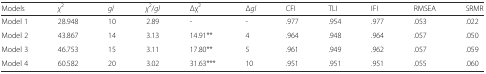
<table><thead><tr><td><b>Models</b></td><td><b><i>χ</i><sup>2</sup></b></td><td><b><i>gl</i></b></td><td><b><i>χ</i><sup>2</sup>/<i>gl</i></b></td><td><b>Δχ<sup>2</sup></b></td><td><b>Δ<i>gl</i></b></td><td><b>CFI</b></td><td><b>TLI</b></td><td><b>IFI</b></td><td><b>RMSEA</b></td><td><b>SRMR</b></td></tr></thead><tbody><tr><td>Model 1</td><td>28.948</td><td>10</td><td>2.89</td><td>-</td><td>-</td><td>.977</td><td>.954</td><td>.977</td><td>.053</td><td>.022</td></tr><tr><td>Model 2</td><td>43.867</td><td>14</td><td>3.13</td><td>14.91**</td><td>4</td><td>.964</td><td>.948</td><td>.964</td><td>.057</td><td>.050</td></tr><tr><td>Model 3</td><td>46.753</td><td>15</td><td>3.11</td><td>17.80**</td><td>5</td><td>.961</td><td>.949</td><td>.962</td><td>.057</td><td>.059</td></tr><tr><td>Model 4</td><td>60.582</td><td>20</td><td>3.02</td><td>31.63***</td><td>10</td><td>.951</td><td>.951</td><td>.951</td><td>.055</td><td>.060</td></tr></tbody></table>